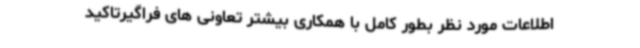
اطلاعات مورد نظر بطور کامل با همکاری بیشتر تعاونی های فراگیرتاکید